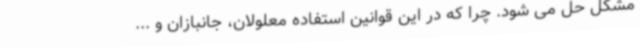
مشکل حل می شود. چرا که در این قوانین استفاده معلولان، جانبازان و ...